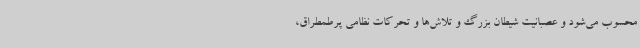
محسوب می‌شود و عصبانیت شیطان بزرگ و تلاش‌ها و تحرکات نظامی پرطمطراق،